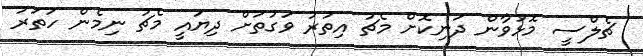
ޗެލްސީ މޮޅުވާން ދަނިކޮށް މެޗު އިތުރު ވަގުތަށް ދިޔައީ މެޗު ނިމެން ހަތަރު